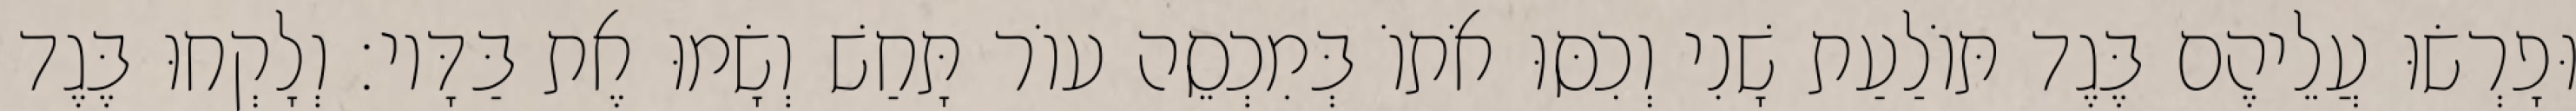
וּפָרְשׂוּ עֲלֵיהֶם בֶּגֶד תּוֹלַעַת שָׁנִי וְכִסּוּ אֹתוֹ בְּמִכְסֵה עוֹר תָּחַשׁ וְשָׂמוּ אֶת בַּדָּיו׃ וְלָקְחוּ בֶּגֶד